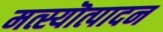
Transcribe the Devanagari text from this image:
मत्स्यॊत्पादन